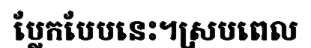
ប្លែកបែបនេះ។ស្របពេល